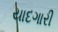
યાદગારી